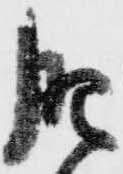
肥